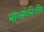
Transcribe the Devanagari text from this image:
भा०सं०नि०लि०